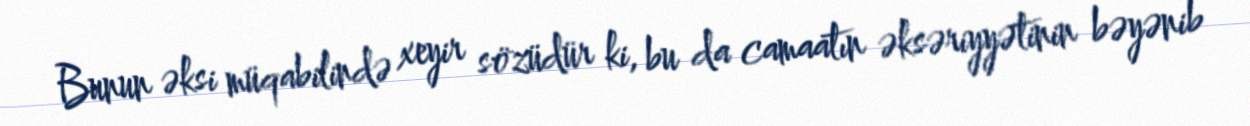
Bunun əksi müqabilində xeyir sözüdür ki, bu da camaatın əksəriyyətinin bəyənib